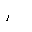
Letter: _alif